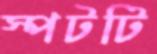
স্পটটি